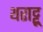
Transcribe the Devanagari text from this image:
थराट्टू